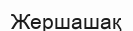
Жершашақ